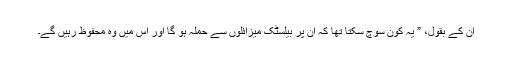
اْن کے بقول، ” یہ کون سوچ سکتا تھا کہ ان پر بیلسٹک میزائلوں سے حملہ ہو گا اور اس میں وہ محفوظ رہیں گے۔